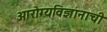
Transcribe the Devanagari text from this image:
आरोग्यविज्ञानाची